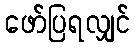
ဖော်ပြရလျှင်